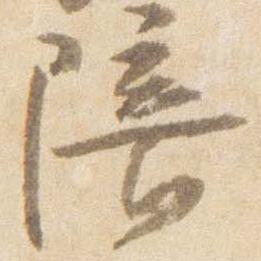
陪